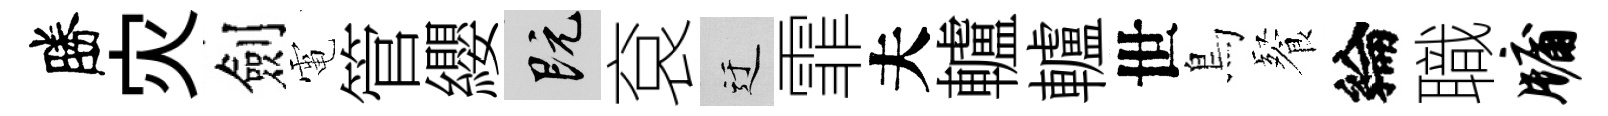
勝灾劍電管纓既袞迂霏夫轤轤世鳥餐綸職牖